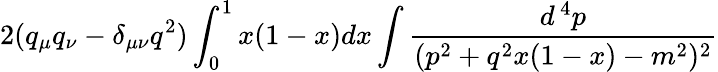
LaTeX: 2(q_{\mu}q_{\nu}-\delta_{\mu\nu}q^{2})\int_{0}^{1}x(1-x)dx\int{\frac{d^{\, 4}p}{(p^{2}+q^{2}x(1-x)-m^{2})^{2}}}